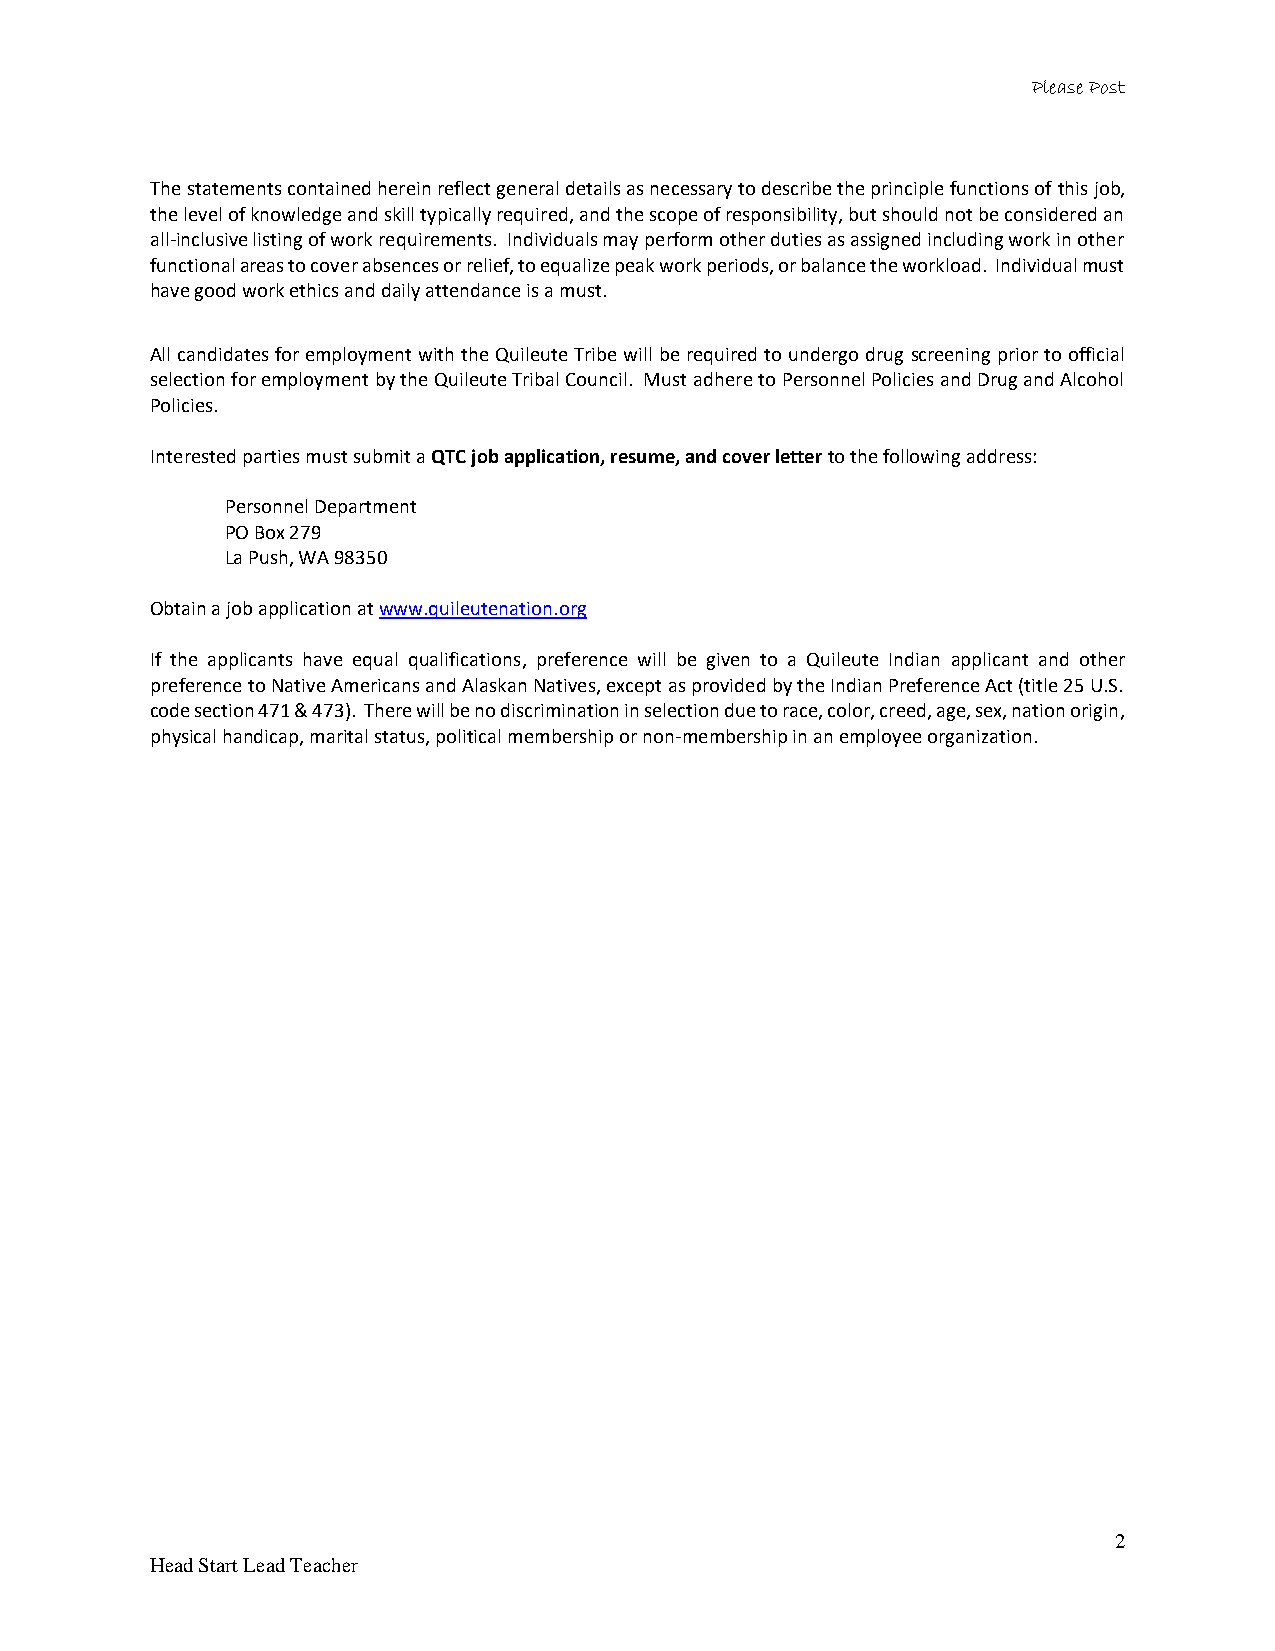
Please Post
 The statements contained herein reflect general details as necessary to describe the principle functions of this job,
 the level of knowledge and skill typically required, and the scope of responsibility, but should not be considered an
 all-inclusive listing of work requirements. Individuals may perform other duties as assigned including work in other
 functional areas to cover absences or relief, to equalize peak work periods, or balance the workload. Individual must
 have good work ethics and daily attendance is a must.
 All candidates for employment with the Quileute Tribe will be required to undergo drug screening prior to official
 selection for employment by the Quileute Tribal Council. Must adhere to Personnel Policies and Drug and Alcohol
 Policies.
 Interested parties must submit a QTC job application, resume, and cover letter to the following address:
 Personnel Department
 PO Box 279
 La Push, WA 98350
 Obtain a job application at www.quileutenation.org
 If the applicants have equal qualifications, preference will be given to a Quileute Indian applicant and other
 preference to Native Americans and Alaskan Natives, except as provided by the Indian Preference Act (title 25 U.S.
 code section 471 & 473). There will be no discrimination in selection due to race, color, creed, age, sex, nation origin,
 physical handicap, marital status, political membership or non-membership in an employee organization.
 2
 Head Start Lead Teacher